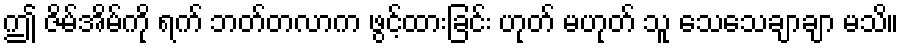
ဤ ဇိမ်အိမ်ကို ရက် ဘတ်တလာက ဖွင့်ထားခြင်း ဟုတ် မဟုတ် သူ သေသေချာချာ မသိ။